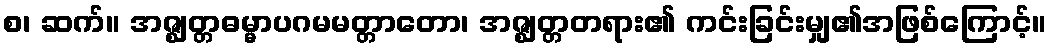
စ၊ ဆက်။ အဇ္ဈတ္တဓမ္မာပဂမမတ္တာတော၊ အဇ္ဈတ္တတရား၏ ကင်းခြင်းမျှ၏အဖြစ်ကြောင့်။